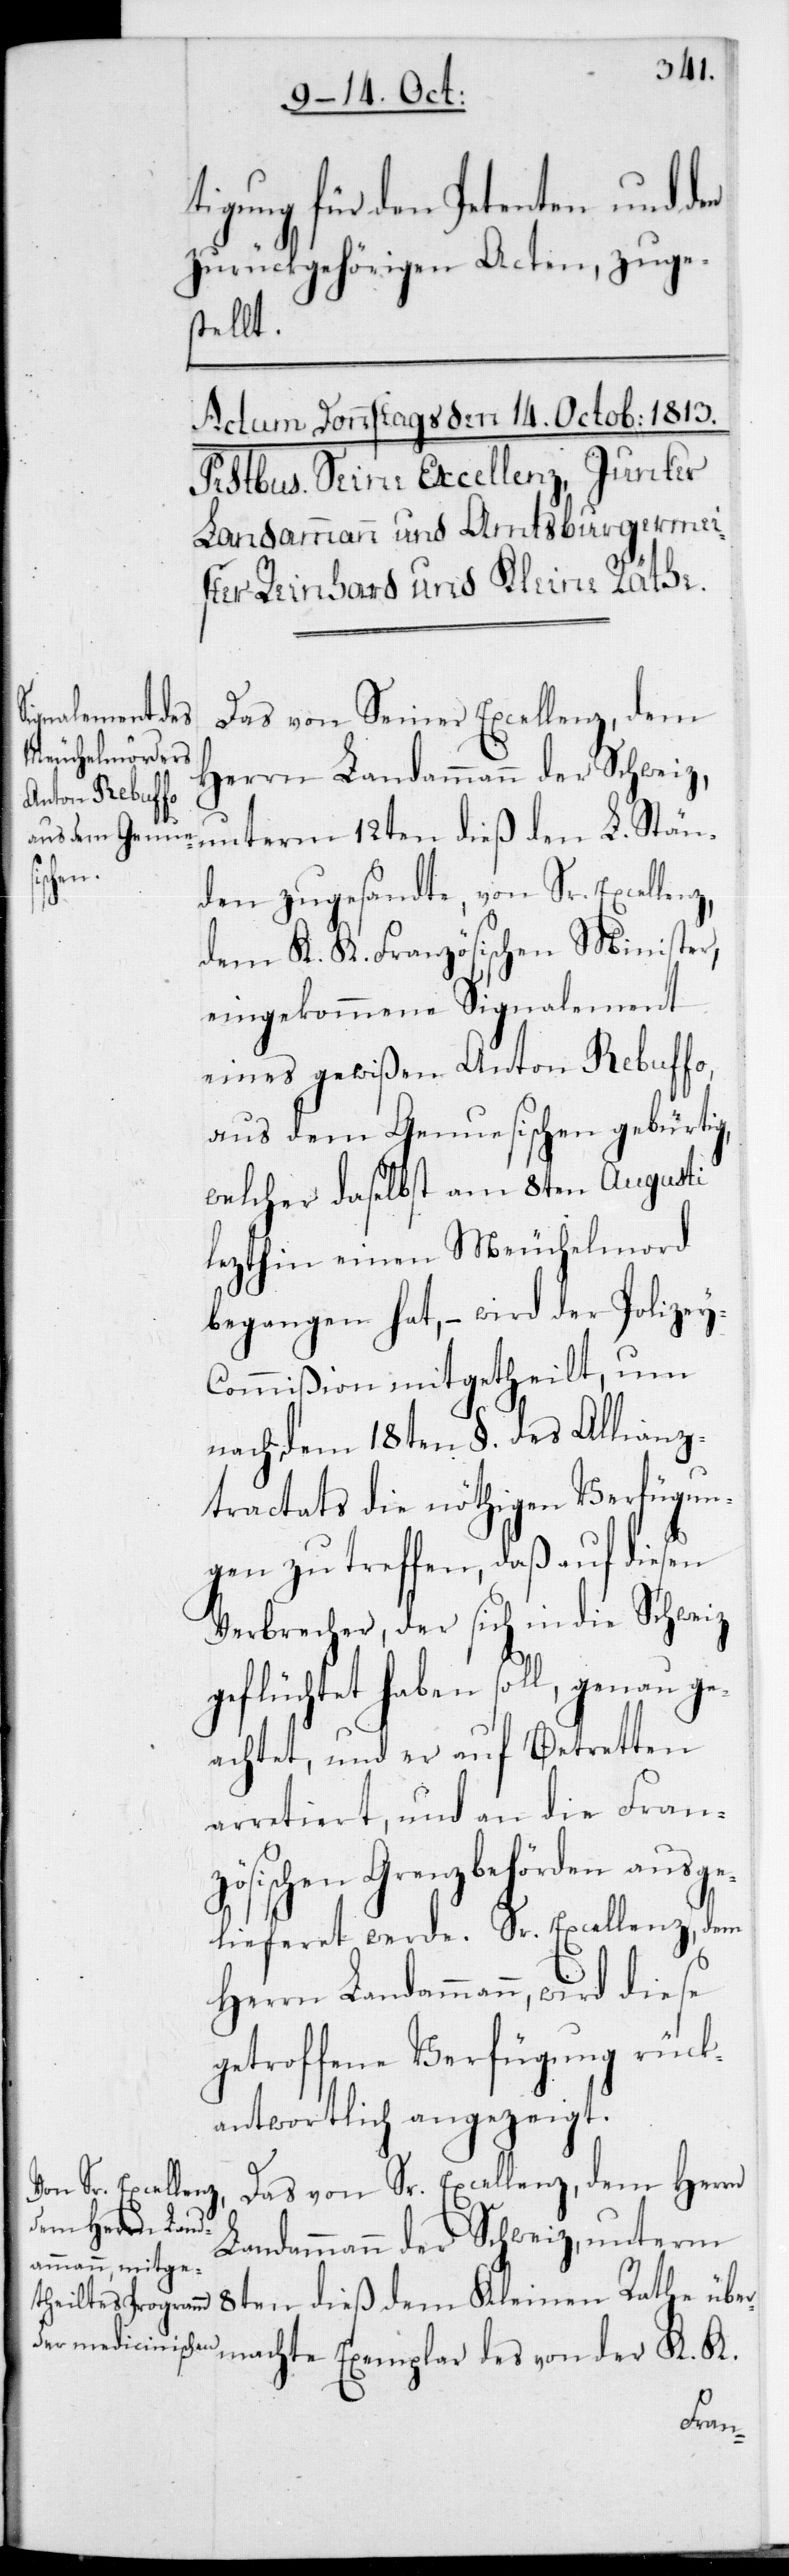
rtigung für den Petenten und den
zurückgehörigen Acten, zuge¬
stellt.
Das von Seiner Excellenz,dem
Herrn Landammann der Schweiz,
unterm 12ten dieß den L. Stän¬
den zugesandte, von Sr. Excellen¬
z,dem K. K. Französischen Minister,
eingekommene Signalement
eines gewißen Anton Rebuffo,
aus dem Genuesischen gebürtig,
welcher daselbst am 8ten Augusti
lezthin einen Meuchelmord
begangen hat, – wird der Polizey-C¬
ommißion mitgetheilt, um
nach dem 18ten § des Allianz¬
tractats die nöthigen Verfügun¬
gen zu treffen, daß auf diesen
Verbrecher, der sich in die Schweiz
geflüchtet haben soll, genau ge¬
achtet und er auf Betretten
arretiert und an die Fran¬
zösischen Grenzbehörden ausge¬
lieferet werde. Sr. Excellenz, dem
Herrn Landammann, wird
getroffene Verfügung rück¬
antwortlich angezeigt.
Das von Sr. Excellenz, dem Herrn
Landammann der Schweiz, unterm
8ten dieß dem Kleinen Rathe übe¬
rmachte Exemplar des von der K. K.
Ausfe¬